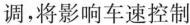
调，将影响车速控制